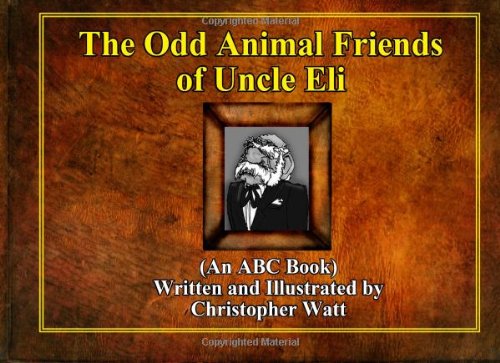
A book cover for The Odd Animal Friends of Uncle Eli: (An ABC Book); Christopher Watt; Reference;